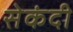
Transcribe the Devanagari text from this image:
सेकंदी